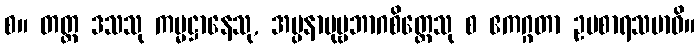
စ။ တတ္ထ ဒသသု ကမ္မဋ္ဌာနေသု, အပ္ပနာပုဗ္ဗဘာဂစိတ္တေသု စ ဧကဂ္ဂတာ ဥပစာရသမာဓိ။